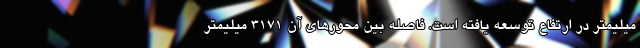
میلیمتر در ارتفاع توسعه یافته است. فاصله بین محورهای آن 3171 میلیمتر